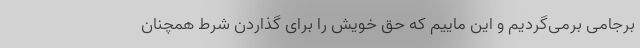
برجامی برمی‌گردیم و این ماییم که حق خویش را برای گذاردن شرط همچنان